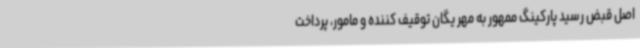
اصل قبض رسید پارکینگ ممهور به مهر یگان توقیف کننده و مامور، پرداخت